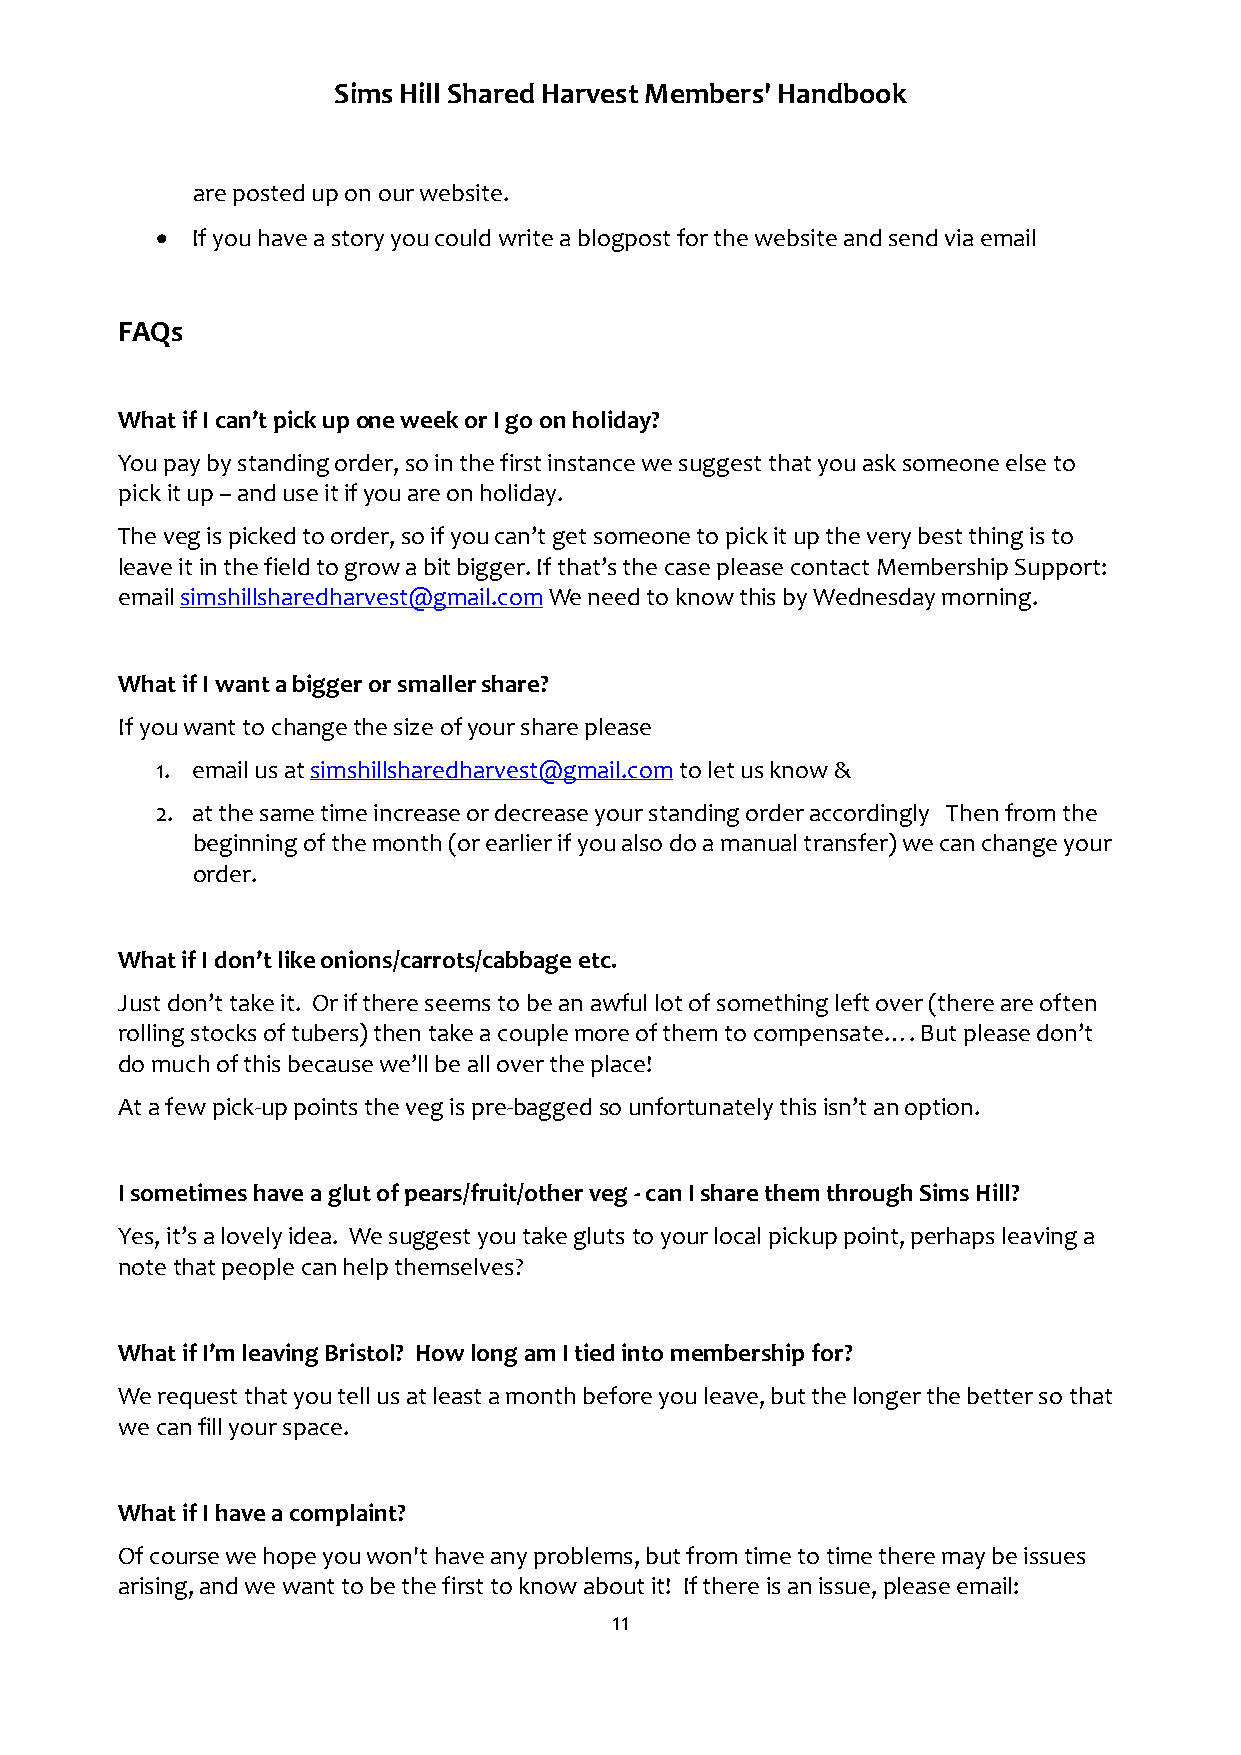
Sims Hill Shared Harvest Members' Handbook
 are posted up on our website.
 •  If you have a story you could write a blogpost for the website and send via email
 FAQs
 What if I can’t pick up one week or I go on holiday?
 You pay by standing order, so in the first instance we suggest that you ask someone else to
 pick it up – and use it if you are on holiday.
 The veg is picked to order, so if you can’t get someone to pick it up the very best thing is to
 leave it in the field to grow a bit bigger. If that’s the case please contact Membership Support:
 email simshillsharedharvest@gmail.com We need to know this by Wednesday morning.
 What if I want a bigger or smaller share?
 If you want to change the size of your share please
 1. email us at simshillsharedharvest@gmail.com to let us know &
 2. at the same time increase or decrease your standing order accordingly Then from the
 beginning of the month (or earlier if you also do a manual transfer) we can change your
 order.
 What if I don’t like onions/carrots/cabbage etc.
 Just don’t take it. Or if there seems to be an awful lot of something left over (there are often
 rolling stocks of tubers) then take a couple more of them to compensate…. But please don’t
 do much of this because we’ll be all over the place!
 At a few pick-up points the veg is pre-bagged so unfortunately this isn’t an option.
 I sometimes have a glut of pears/fruit/other veg - can I share them through Sims Hill?
 Yes, it’s a lovely idea. We suggest you take gluts to your local pickup point, perhaps leaving a
 note that people can help themselves?
 What if I’m leaving Bristol? How long am I tied into membership for?
 We request that you tell us at least a month before you leave, but the longer the better so that
 we can fill your space.
 What if I have a complaint?
 Of course we hope you won't have any problems, but from time to time there may be issues
 arising, and we want to be the first to know about it! If there is an issue, please email:
 11